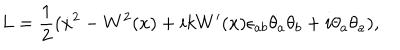
L = \frac { 1 } { 2 } ( \dot { x } { } ^ { 2 } - W ^ { 2 } ( x ) + i k W ^ { \prime } ( x ) \epsilon _ { a b } \theta _ { a } \theta _ { b } + i \theta _ { a } \theta _ { a } ) ,